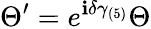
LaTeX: \Theta^{\prime}=e^{\mathbf{i}\delta\gamma_{(5)}}\Theta